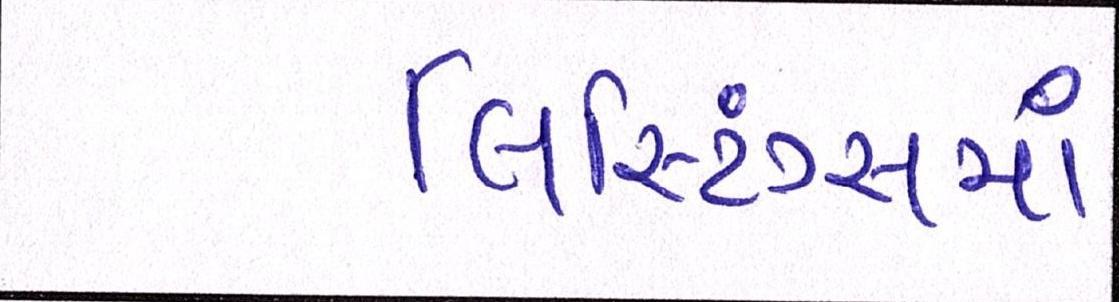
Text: લિસ્ટિંગ્સમાં